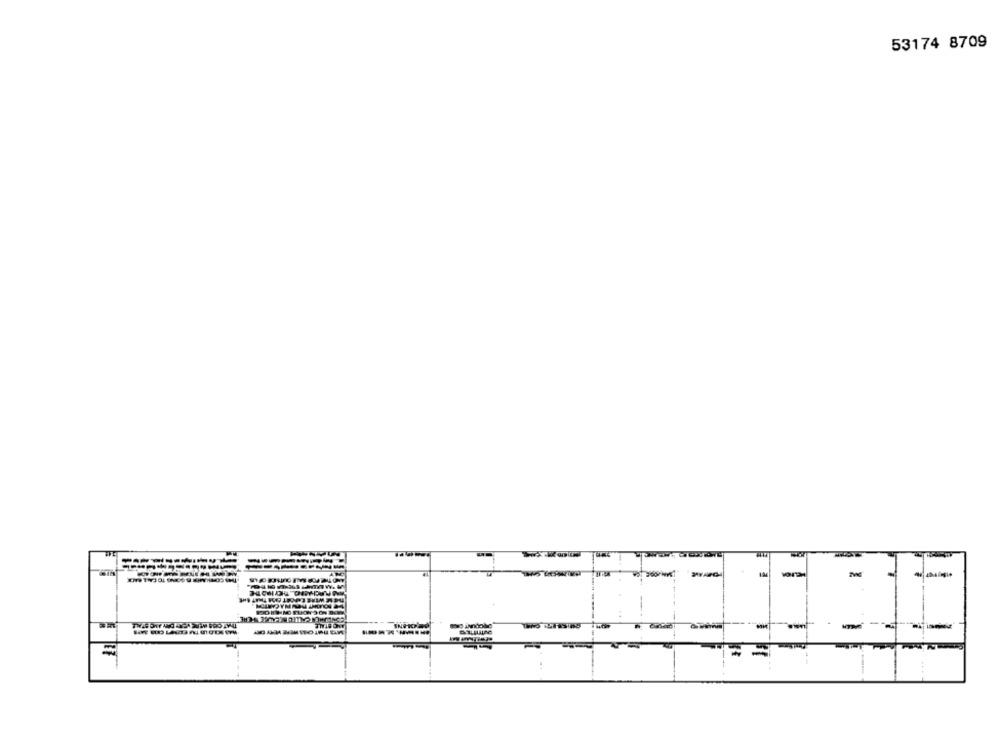
53174 8709
MM